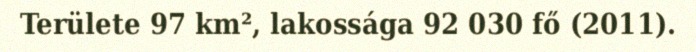
Területe 97 km², lakossága 92 030 fő (2011).